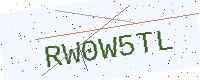
Text: RW0W5TL